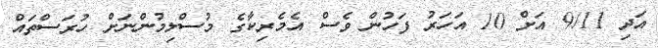
އަދި 9/11 އަށް 10 އަހަރު ފަހުން ވެސް އެމެރިކާގެ މުސްލިމުންނަށް ހުރަސްތައް